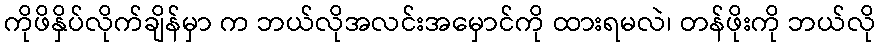
ကိုဖိနှိပ်လိုက်ချိန်မှာ က ဘယ်လိုအလင်းအမှောင်ကို ထားရမလဲ၊ တန်ဖိုးကို ဘယ်လို